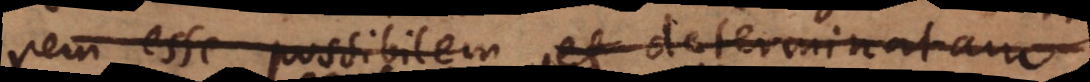
rem esse possibilem et determinatam